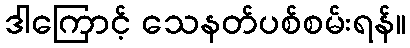
ဒါကြောင့် သေနတ်ပစ်စမ်းရန်။